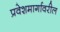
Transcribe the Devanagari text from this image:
प्रवेशमार्गावरील